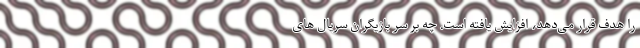
را هدف قرار می‌دهد، افزایش یافته است. چه بر سر بازیگران سریال های